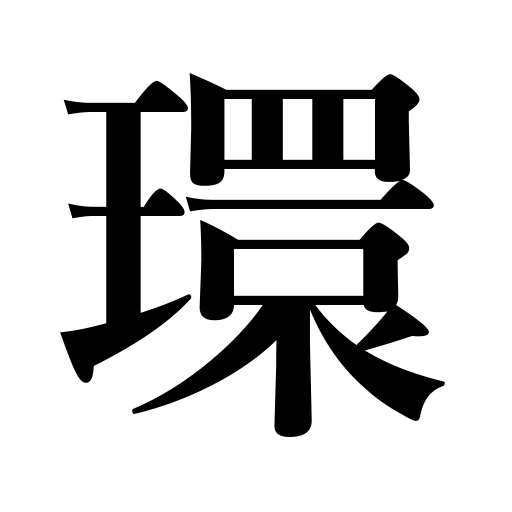
Meanings: ring